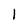
Character: l